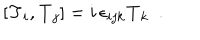
LaTeX: [ \mathbf { T } _ { i } , \mathbf { T } _ { j } ] = i \, \epsilon _ { i j k } \mathbf { T } _ { k } ~ ~ .